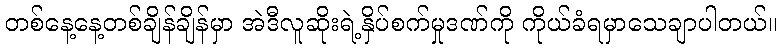
တစ်နေ့နေ့တစ်ချိန်ချိန်မှာ အဲဒီလူဆိုးရဲ့နှိပ်စက်မှုဒဏ်ကို ကိုယ်ခံရမှာသေချာပါတယ်။